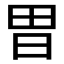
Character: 𭥫